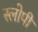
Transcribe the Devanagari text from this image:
स्लोपी